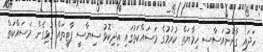
ހަދައި ގާނޫނުއަސާސީ ހިމާޔަތް ކުރުމުގެ މަސައްކަތުގައި އިދިކޮޅު ސިޔާސީ ޕާޓީތައް ގުޅިގެން މަސައްކަތް